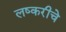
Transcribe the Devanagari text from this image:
लष्करीचे